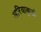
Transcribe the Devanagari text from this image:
अरियाकुडी